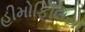
હીમોફિલિયા